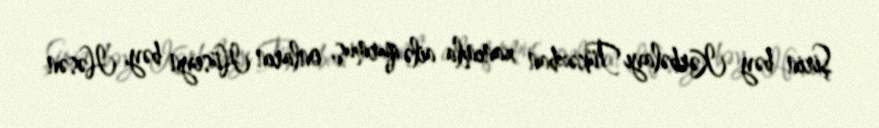
Şirin bəy Kərbəlayı Tükəzban xanımla ailə qurmuş, onların Hüseyn bəy, Həsən